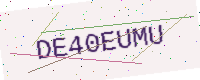
Text: DE40EUMU